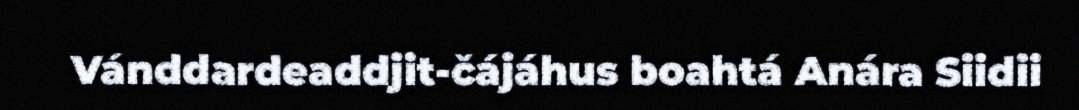
Vánddardeaddjit-čájáhus boahtá Anára Siidii